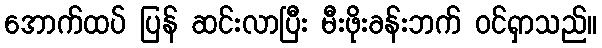
အောက်ထပ် ပြန် ဆင်းလာပြီး မီးဖိုးခန်းဘက် ဝင်ရှာသည်။